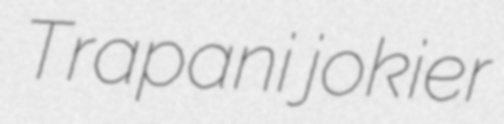
Trapani jokier